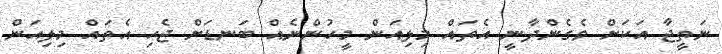
ނަތީޖާ އަކަށް ވެގެންދާނީ އެތައް މިލިއަން މީހުންނެއް ބަނޑަށް ޖެހި އެތައް މިލިއަން